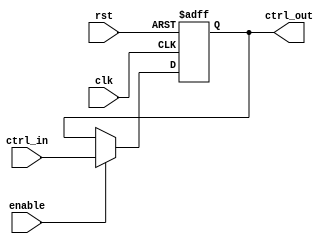
module ControlRegister (
    input wire clk,                // Clock signal
    input wire rst,                // Asynchronous reset signal
    input wire enable,             // Enable signal for updating the control register
    input wire [N-1:0] ctrl_in,    // Control inputs (multi-bit)
    output reg [N-1:0] ctrl_out     // Control outputs (current state)
);
    parameter N = 8; // Define the width of the control register

    // Asynchronous reset behavior
    always @(posedge clk or posedge rst) begin
        if (rst) begin
            ctrl_out <= {N{1'b0}}; // Set to default state (all bits 0)
        end else if (enable) begin
            ctrl_out <= ctrl_in;   // Update control register on clock edge if enabled
        end
        // If enable is low, hold the previous value of ctrl_out
    end

endmodule